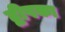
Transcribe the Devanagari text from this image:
द्वीपका